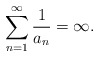
\begin{align*} \sum_{n=1}^\infty \frac{1}{a_n} = \infty. \end{align*}